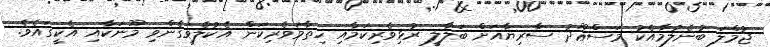
ޖުމްލަ ބުނެލުމާއެކު މަސްޢޫދު ސާރިޔާއަށް ބަލާލީ ރުޅިވެރިކަމާއި ހިތާމަވެރިކަން އެކުލެވިގެންވި މޫނަކާއި އެކީގައެވެ.